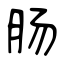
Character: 肠